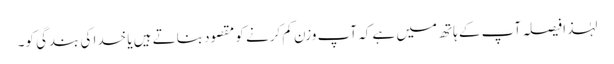
لہٰذا فیصلہ آپ کے ہاتھ میں ہے کہ آپ وزن کم کرنے کو مقصود بناتے ہیں یا خدا کی بندگی کو۔